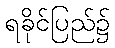
ရခိုင်ပြည်၌